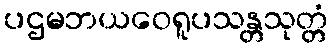
ပဌမဘယဝေရူပသန္တသုတ္တံ